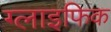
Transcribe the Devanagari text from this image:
ग्लाइफिक